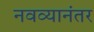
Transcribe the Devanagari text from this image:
नवव्यानंतर